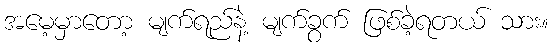
အမေ့မှာတော့ မျက်ရည်နဲ့ မျက်ခွက် ဖြစ်ခဲ့ရတယ် သား။